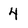
Character: 4